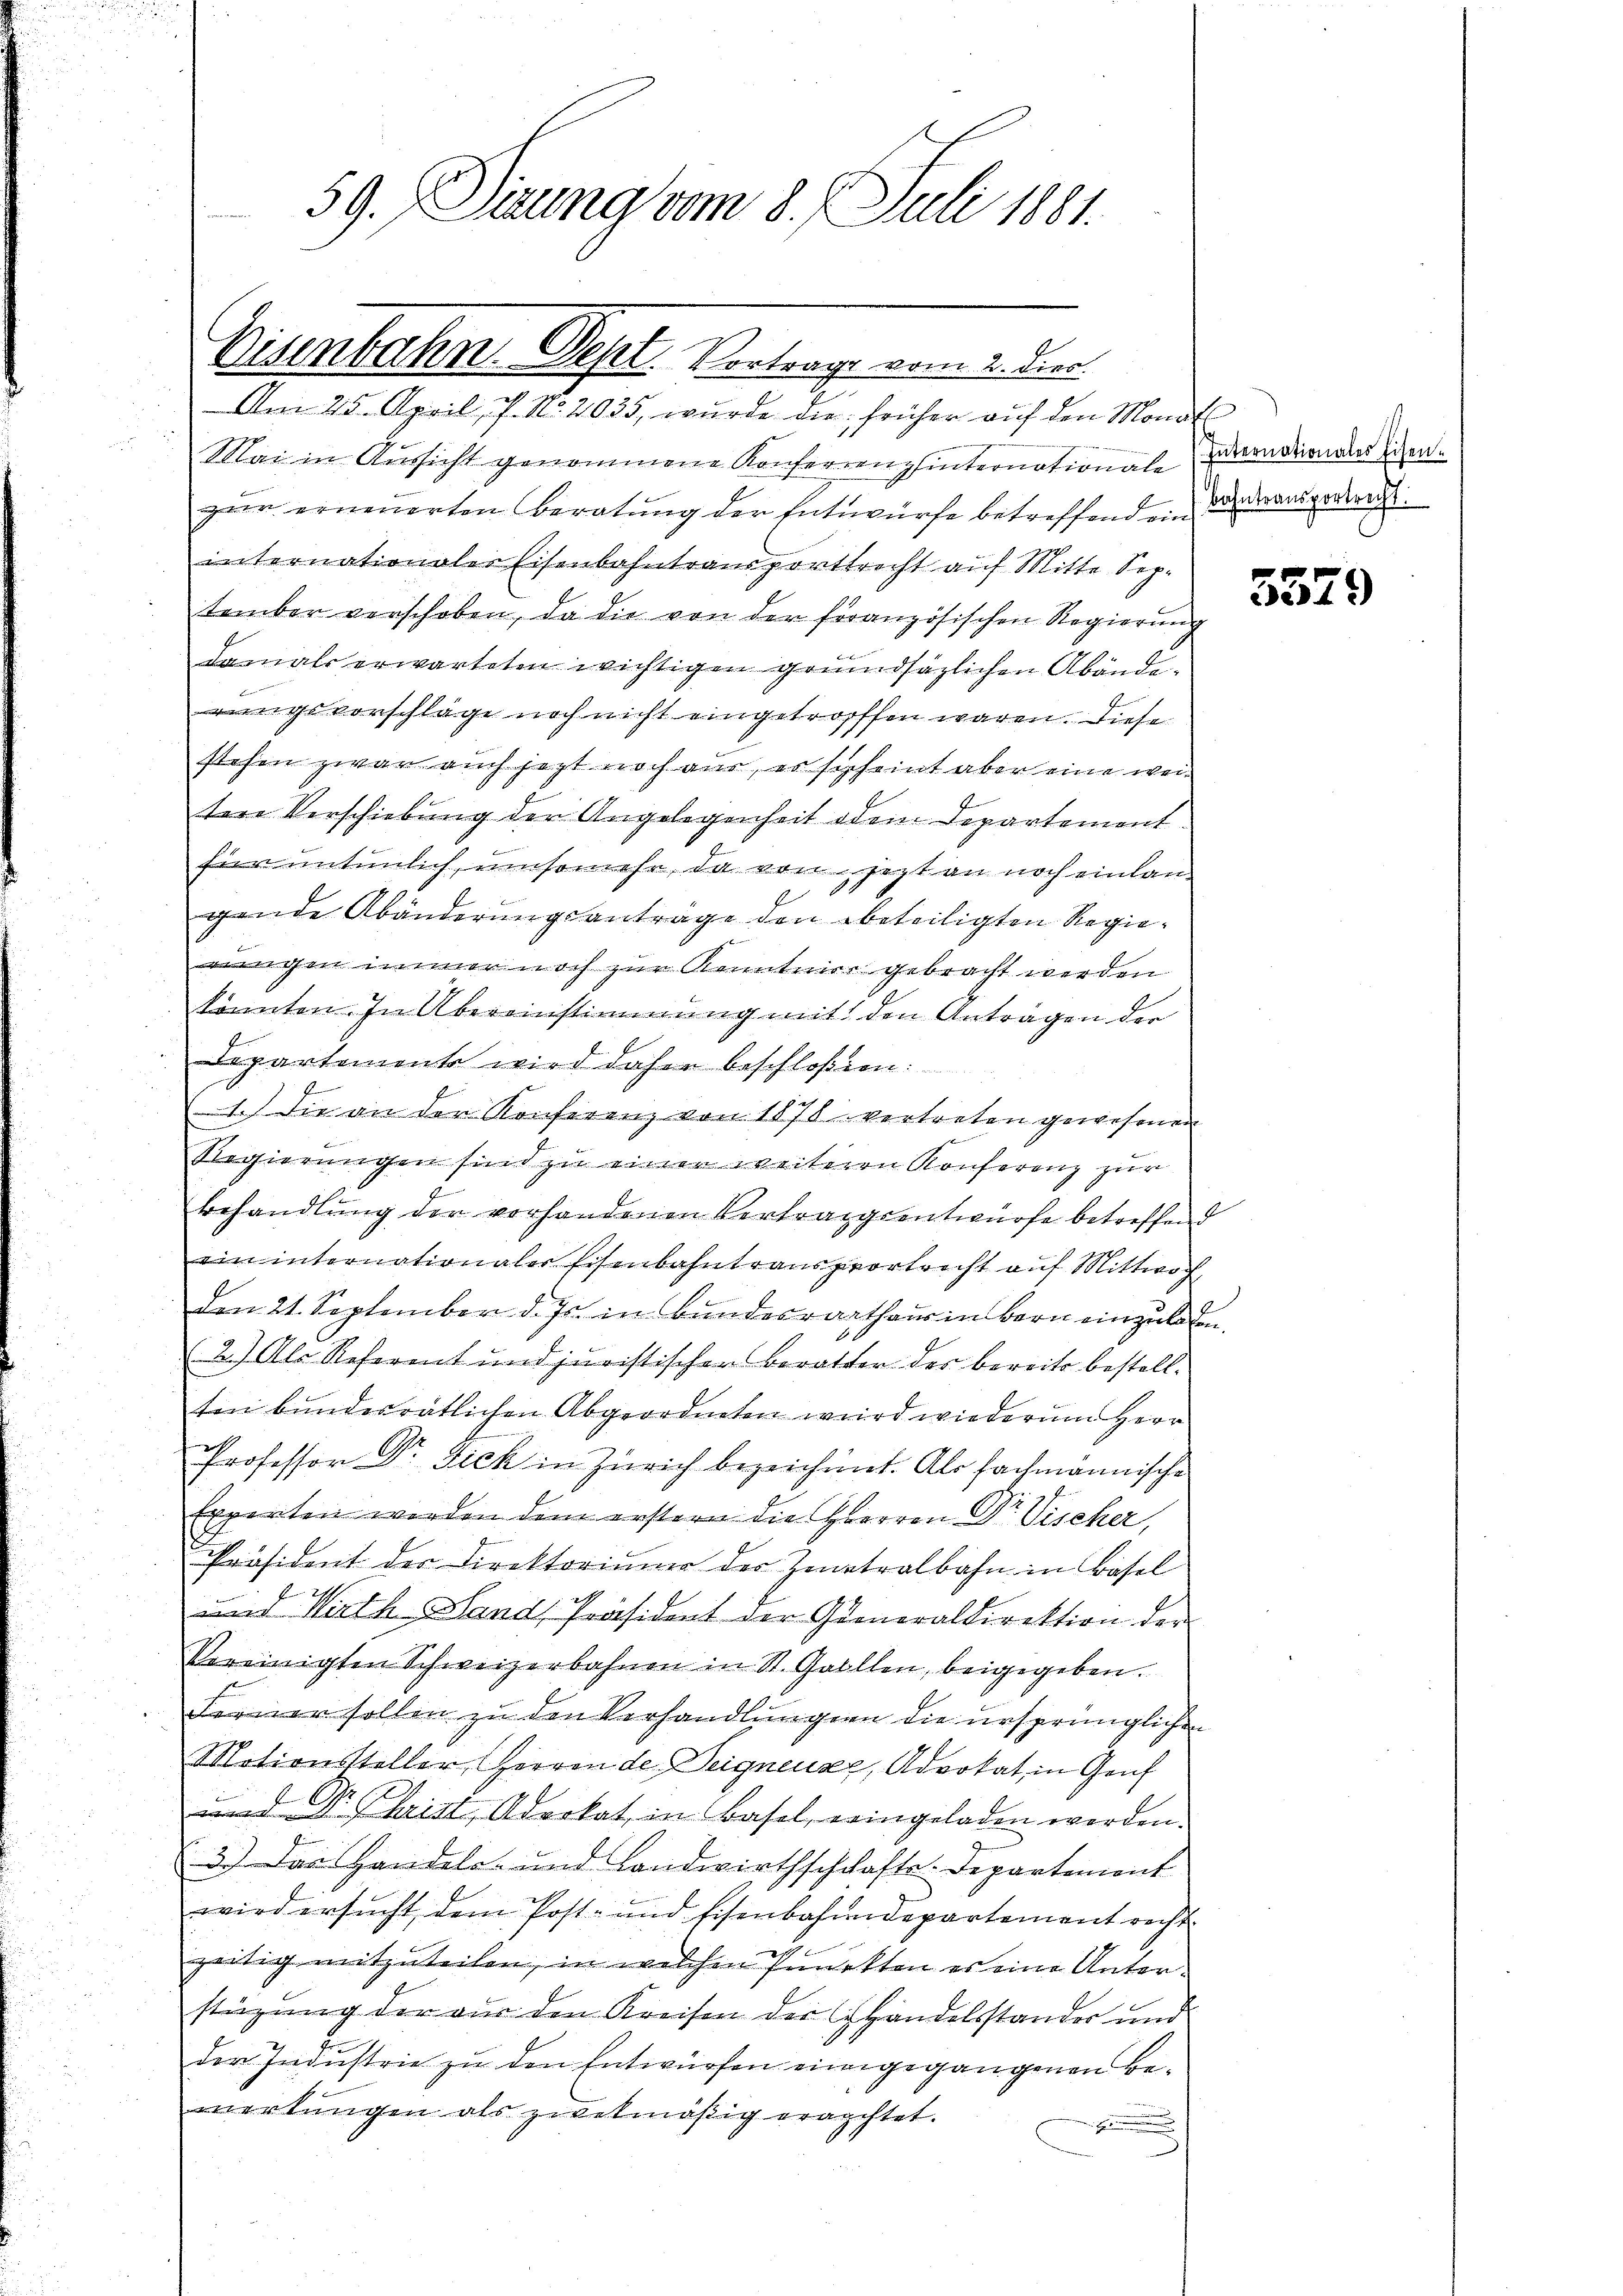
59. Dirung vom 8. Juli 1881.

Eisenbahn. Sept. Vortrage vom 2. Dier.

Am 25. April, P. No. 2035, wurde die früher auf den Monat
Mai in Aussicht genommene Konferrenz hinternationale
zur erneuerten Beratung der Entwürfe betreffend ein
internationaler Eisenbahntransporttrecht auf Mitte September verschoben, da die von der französischen Regierung
damals erwarteten wichtigen grundsätzlichen Abändesvorschläge noch nicht eingetroffen wären. Diese
stehen zwar auch jezt noch an, er scheint aber eine weitere Verschiebung der Angelegenheit dem Departement.
für untenlich, umsomehr, da von jezt an noch einlan
gende Abänderungsanträge den beteiligten Regiewingen noch zur Kenntner gebracht werden
konnten. In Übereinstimmung mit den Anträgen der
Departemente wird daher beschloßen:
1.) Die an der Konferenz von 1878 vertreten gewesenen
Regierungen sind zu einer weiteren Konferenz zur
behandlung der vorhandenen Vertragsentwürfe betreffend
ein internationaler Eisenbahntransportricht aŭf Mittwoch
den 21. September d. Js. in Bundesrathaus in Bern einzuladen.
(2.) Als Referent und juristischen Beratter der bereits bestellten bundesratlichen Abgeordneten wird wiederum Herr
Professor Dr. Fick in Zürich bezeichnet. Als fachmannische
Experten werden dem erstern die Herren Dr. Vischer,
Präsident der Direktorium der Zentralbahn in Basel
und Wirth Land Präsident der Generaldirektion der
Vereinigten Schweizerbahnen in St. Gallen, beigegeben.
Ferner sollen zu den Verhandlungen die ursprünglichen
Motionssteller, Herren de Teigneuaz, Advokat, in Genf
und Dr. Christ, Advokat, in Basel, eringeladen werden.
3.) Das Handels- und Landwirthschafte. Departement
wird ersucht, dem Post- und Eisenbahndepartement recht
zeitig mitzuteilen, in welchen Punckten es eine Unterstüzung der aus den Kreisen der Handelsstander und
der Industrie zu den Entwürfen eingegangenen Bemerkungen als zwekmäßig erachtet.
.

Internationales Eisen.
bahntransportrecht.

5579